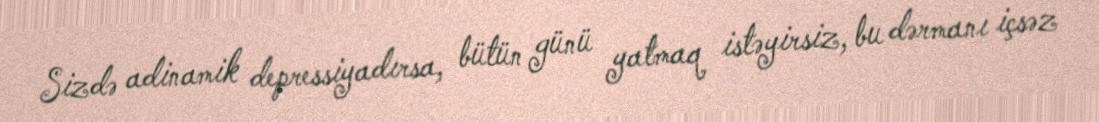
Sizdə adinamik depressiyadırsa, bütün günü yatmaq istəyirsiz, bu dərmanı içsəz